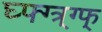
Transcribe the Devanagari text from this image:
घ्फ्ग्त्र्ग्फ्